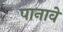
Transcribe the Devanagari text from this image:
पानावे